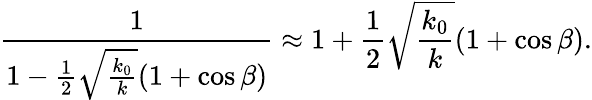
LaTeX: \frac{1}{1-\frac{1}{2}\sqrt{\frac{k_{0}}{k}}(1+\cos\beta)}\approx 1+\frac{1}{2}\sqrt{\frac{k_{0}}{k}}(1+\cos\beta).